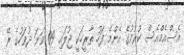
އެސްއެމްއެސް ކުރުމުގެ އެންމެ ފަހު ތާރީޚަކީ ޖުލައި 09 ވަނަ ދުވަހުގެ ރޭ